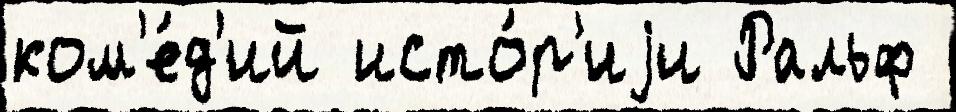
ком'е́д'ий исто́р'иjи Ральф